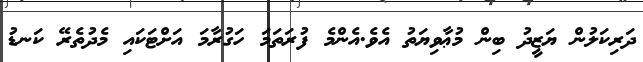
ދަރިކަލުން ޔަޒީދު ބިން މުޢާވިޔަތު އެވެ.އެންމެ ފުރަތަމަ ހަގުރާމަ އަށްޓަކައި މެދުތެރޭ ކަނޑު